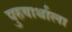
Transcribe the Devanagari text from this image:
पुरुषार्थाला